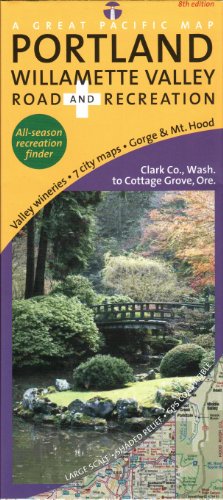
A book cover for Portland Map (Portland + Willamette Valley Road & Recreation Map, 8th Edition); Cartography by Benchmark Maps; Travel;